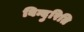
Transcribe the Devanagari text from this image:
बिन्दुरिति